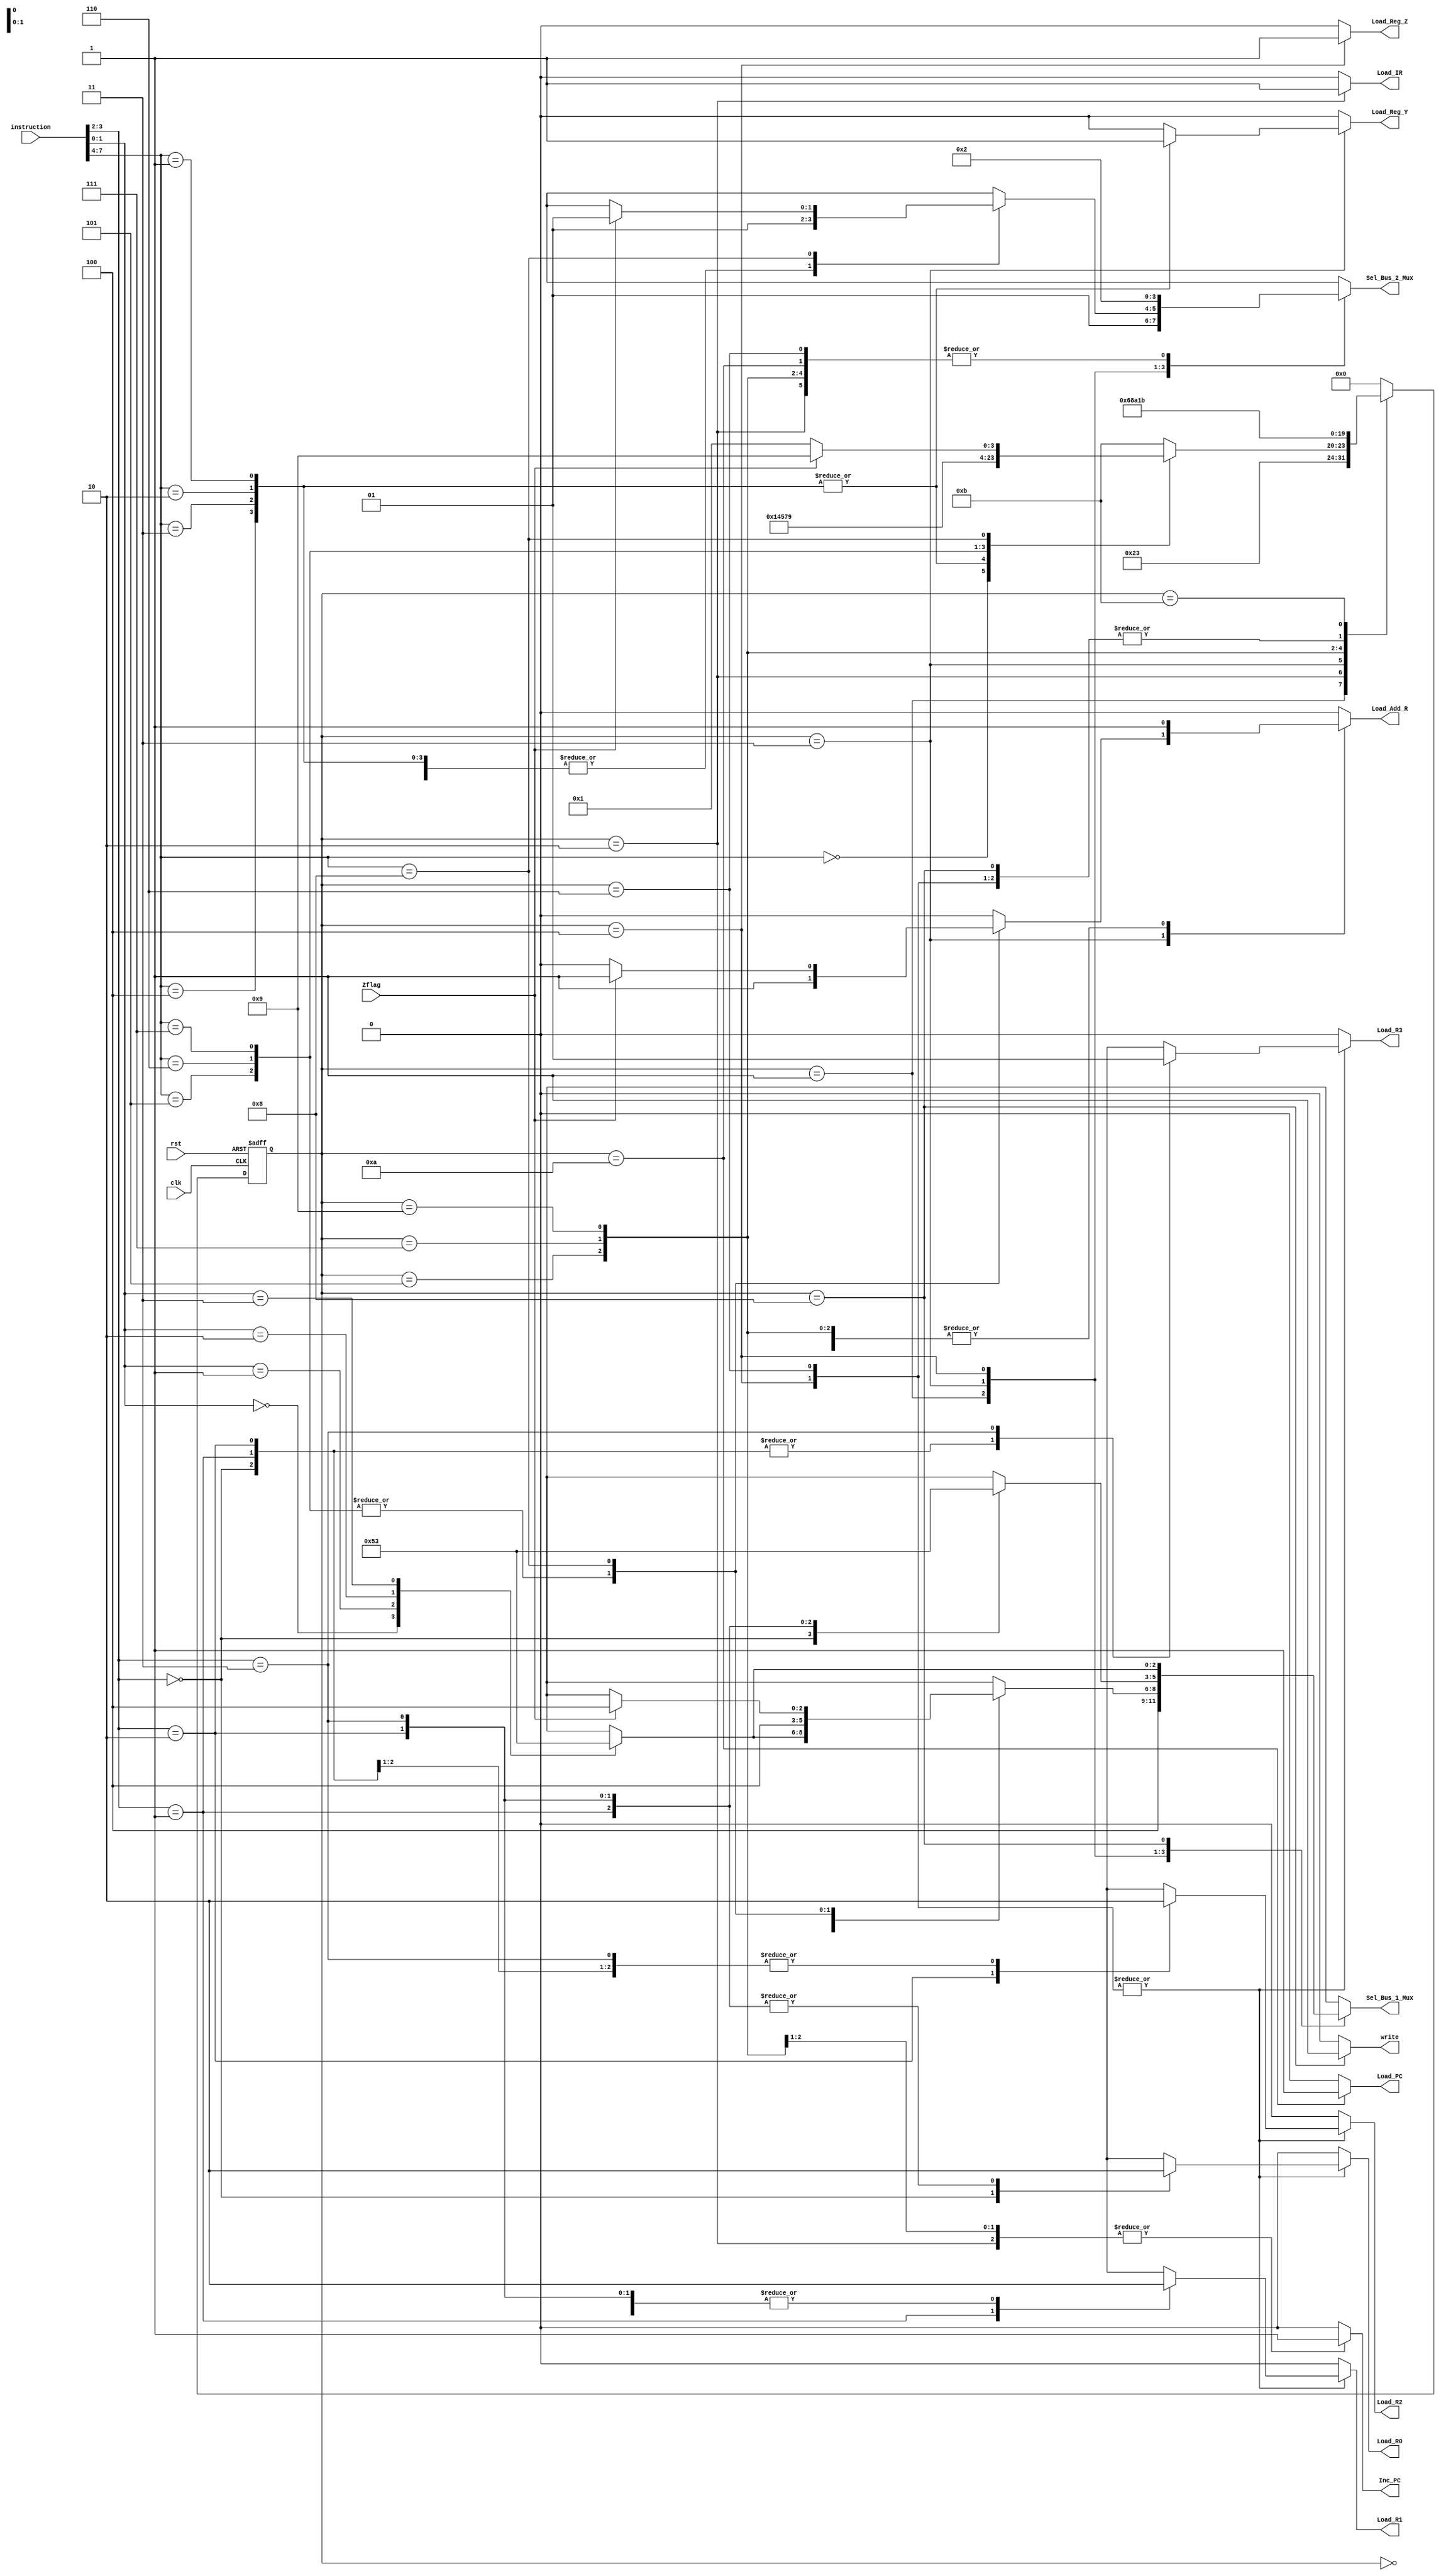
`define idle    0
`define fet1    1
`define fet2    2
`define dec     3
`define exe     4
`define rd1     5
`define rd2     6
`define wr1     7
`define wr2     8
`define br1     9
`define br2     10
`define halt    11
`define NOP     4'b0000
`define ADD     4'b0001
`define SUB     4'b0010
`define AND     4'b0011
`define NOT     4'b0100
`define RD      4'b0101
`define WR      4'b0110
`define BR      4'b0111
`define BRZ     4'b1000
module Control_Unit(
    output reg Load_R0, Load_R1, Load_R2, Load_R3, Load_PC, Inc_PC, Load_IR, Load_Add_R, Load_Reg_Y, Load_Reg_Z, write,
    output reg [2:0] Sel_Bus_1_Mux,
    output reg [1:0] Sel_Bus_2_Mux,
    input [7:0] instruction,
    input Zflag, clk, rst
);

    reg [3:0] state, next_state;
    reg err_flag; // error flag to debug

    wire [3:0] opcode = instruction[7:4];
    wire [1:0] dst = instruction [3:2]; //destination
    wire [1:0] src = instruction [1:0]; //source

    //state register
    always @ (posedge clk or negedge rst) begin
        if(!rst)
            state <= `idle; // reset active low
        else
            state <= next_state;
    end

    //next state logic
    always @ (state or opcode or src or dst or Zflag) begin
        Sel_Bus_1_Mux = 3'bx ; Sel_Bus_2_Mux = 2'bx;
        Load_R0 = 0; Load_R1 = 0; Load_R2 = 0; Load_R3 = 0; Load_Reg_Y = 0; Load_Reg_Z = 0;
        Load_PC = 0; Inc_PC = 0; Load_IR = 0; Load_Add_R = 0;
        write = 0;
        err_flag = 0;
        next_state = state;
        case (state)
            `idle : next_state = `fet1;
            `fet1 :begin
                next_state = `fet2;
                Sel_Bus_1_Mux = 4; // Bus_1 = PC
                Sel_Bus_2_Mux = 1; // Bus_2 = Bus_1
                Load_Add_R = 1; 
            end
            `fet2 :begin
                next_state = `dec;
                Sel_Bus_2_Mux = 2; // Bus_2 = memory
                Load_IR = 1;
                Inc_PC = 1;
            end
            `dec :begin
                case(opcode)
                    `NOP : next_state = `fet1;
                    `ADD, `SUB, `AND, `NOT : begin
                        next_state = `exe;
                        case (src)
                            0 : Sel_Bus_1_Mux = 0; //Bus 1 = R0
                            1 : Sel_Bus_1_Mux = 1; //Bus 1 = R1
                            2 : Sel_Bus_1_Mux = 2; //Bus 1 = R2
                            3 : Sel_Bus_1_Mux = 3; //Bus 1 = R3
                            default : err_flag = 1;
                        endcase
                        Sel_Bus_2_Mux = 1; // Bus_2 = Bus_1
                        Load_Reg_Y = 1; // Reg_Y = Bus_2 = Bus_1 = src
                    end
                    `RD : begin
                        next_state = `rd1;
                        Sel_Bus_1_Mux = 4; // Bus_1 = PC
                        Sel_Bus_2_Mux = 1; // Bus_2 = Bus_1
                        Load_Add_R = 1;
                    end
                    `WR : begin
                        next_state = `wr1;
                        Sel_Bus_1_Mux = 4; // Bus_1 = PC
                        Sel_Bus_2_Mux = 1; // Bus_2 = Bus_1
                        Load_Add_R = 1;
                    end
                    `BR : begin
                        next_state = `br1;
                        Sel_Bus_1_Mux = 4; // Bus_1 = PC
                        Sel_Bus_2_Mux = 1; // Bus_2 = Bus_1
                        Load_Add_R = 1;
                    end
                    `BRZ : begin
                        next_state = `br1;
                        if (Zflag == 1) begin
                            Sel_Bus_1_Mux = 4; // Bus_1 = PC
                            Sel_Bus_2_Mux = 1; // Bus_2 = Bus_1
                            Load_Add_R = 1;
                        end
                        else begin
                            next_state = `fet1;
                        end
                    end
                    default : next_state = `halt;
                endcase
            end
            `exe :begin
                next_state = `fet1;
                case (dst)
                    0: begin Sel_Bus_1_Mux = 0; Load_R0 = 1; end //R0 = ALU_out
                    1: begin Sel_Bus_1_Mux = 1; Load_R1 = 1; end //R1 = ALU_out
                    2: begin Sel_Bus_1_Mux = 2; Load_R2 = 1; end //R2 = ALU_out
                    3: begin Sel_Bus_1_Mux = 3; Load_R3 = 1; end //R3 = ALU_out
                    default : err_flag = 1;
                endcase
                Sel_Bus_2_Mux = 0; //Bus_2 = ALU_out
                Load_Reg_Z = 1; 
            end
            `rd1 :begin
                next_state = `rd2;
                Sel_Bus_2_Mux = 2; // Bus_2 = mem_word
                Load_Add_R = 1;
                Inc_PC = 1;
            end
            `rd2 :begin
                next_state = `fet1;
                Sel_Bus_2_Mux = 2;
                case (dst)
                    0 : Load_R0 = 1;
                    1 : Load_R1 = 1;
                    2 : Load_R2 = 1;
                    3 : Load_R3 = 1;
                    default : err_flag = 1;
                endcase
            end 
            `wr1 :begin
                next_state = `wr2;
                Sel_Bus_2_Mux = 2; // Bus_2 = mem_word
                Load_Add_R = 1;
                Inc_PC = 1;
            end
            `wr2 :begin
                next_state = `fet1;
                case (src)
                    0 : Sel_Bus_1_Mux = 0; // Bus_1 = R0
                    1 : Sel_Bus_1_Mux = 1; // Bus_1 = R1
                    2 : Sel_Bus_1_Mux = 2; // Bus_1 = R2
                    3 : Sel_Bus_1_Mux = 3; // Bus_1 = R3
                    default : err_flag = 1;
                endcase
                write = 1;
            end
            `br1 :begin
                next_state = `br2;
                Sel_Bus_2_Mux = 2; // Bus_2 = mem_word
                Load_Add_R = 1; 
            end
            `br2 :begin
                next_state = `fet1;
                Sel_Bus_2_Mux = 2; // Bus_2 = mem_word
                Load_PC = 1;
            end
            `halt :begin
                next_state = `halt;
            end
            default : next_state = `idle;
        endcase
    end

endmodule